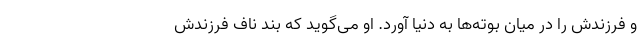
و فرزندش را در میان بوته‌ها به دنیا آورد. او می‌گوید که بند ناف فرزندش